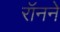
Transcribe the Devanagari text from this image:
रॉनने